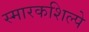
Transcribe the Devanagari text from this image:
स्मारकशिल्पे